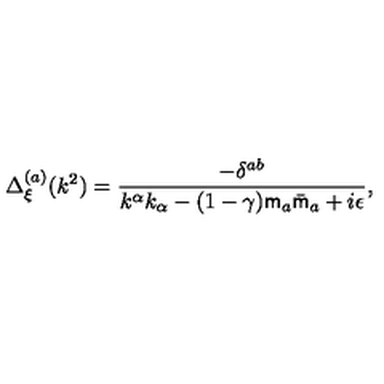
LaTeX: \Delta _ { \xi } ^ { ( a ) } ( k ^ { 2 } ) = \frac { - \delta ^ { a b } } { k ^ { \alpha } k _ { \alpha } - ( 1 - \gamma ) { \sf m } _ { a } \bar { \sf m } _ { a } + i \epsilon } ,